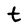
Character: t